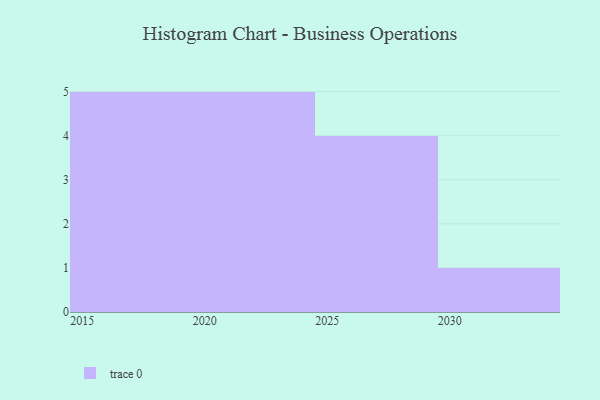
{"axis": {"x": "Year", "y": "Churn Rate (%)"}, "legend": [""], "data": [{"x": "2015", "y": 52, "type": ""}, {"x": "2024", "y": 22, "type": ""}, {"x": "2030", "y": 73, "type": ""}, {"x": "2020", "y": 75, "type": ""}, {"x": "2016", "y": 55, "type": ""}, {"x": "2019", "y": 81, "type": ""}, {"x": "2017", "y": 5, "type": ""}, {"x": "2021", "y": 75, "type": ""}, {"x": "2018", "y": 91, "type": ""}, {"x": "2028", "y": 31, "type": ""}, {"x": "2025", "y": 77, "type": ""}, {"x": "2026", "y": 86, "type": ""}, {"x": "2029", "y": 49, "type": ""}, {"x": "2022", "y": 82, "type": ""}, {"x": "2023", "y": 81, "type": ""}]}